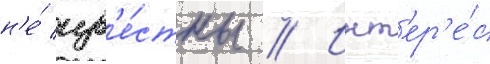
н'е́ изв'е́стны // Инт'ер'е́с